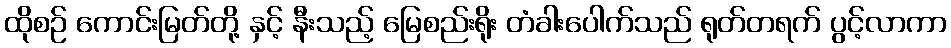
ထိုစဉ် ကောင်းမြတ်တို့ နှင့် နီးသည့် မြေစည်းရိုး တံခါးပေါက်သည် ရုတ်တရက် ပွင့်လာကာ